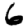
Digit: 6